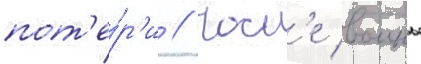
пот'е́р'и // Посл'е воины